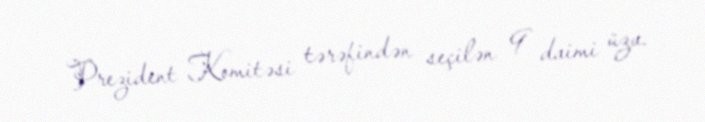
Prezident Komitəsi tərəfindən seçilən 9 daimi üzv.